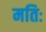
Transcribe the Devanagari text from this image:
मतिः